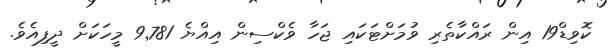
ކޮވިޑް19 އިން ރައްކާތެރި ވުމަށްޓަކައި ޖަހާ ވެކްސިން އިއްޔެ 9